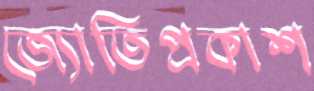
জ্যোতিপ্রকাশ